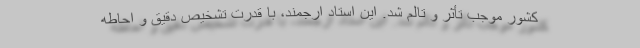
کشور موجب تأثر و تالم شد. این استاد ارجمند، با قدرت تشخیص دقیق و احاطه